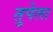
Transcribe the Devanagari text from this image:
तुपेला